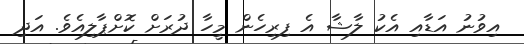
އިވުނު އަޑާއި އެކު ލާޝާ އެ ފިރިހެން މީހާ ދުރަށް ކޮށްޕާލިއެވެ. އަދި